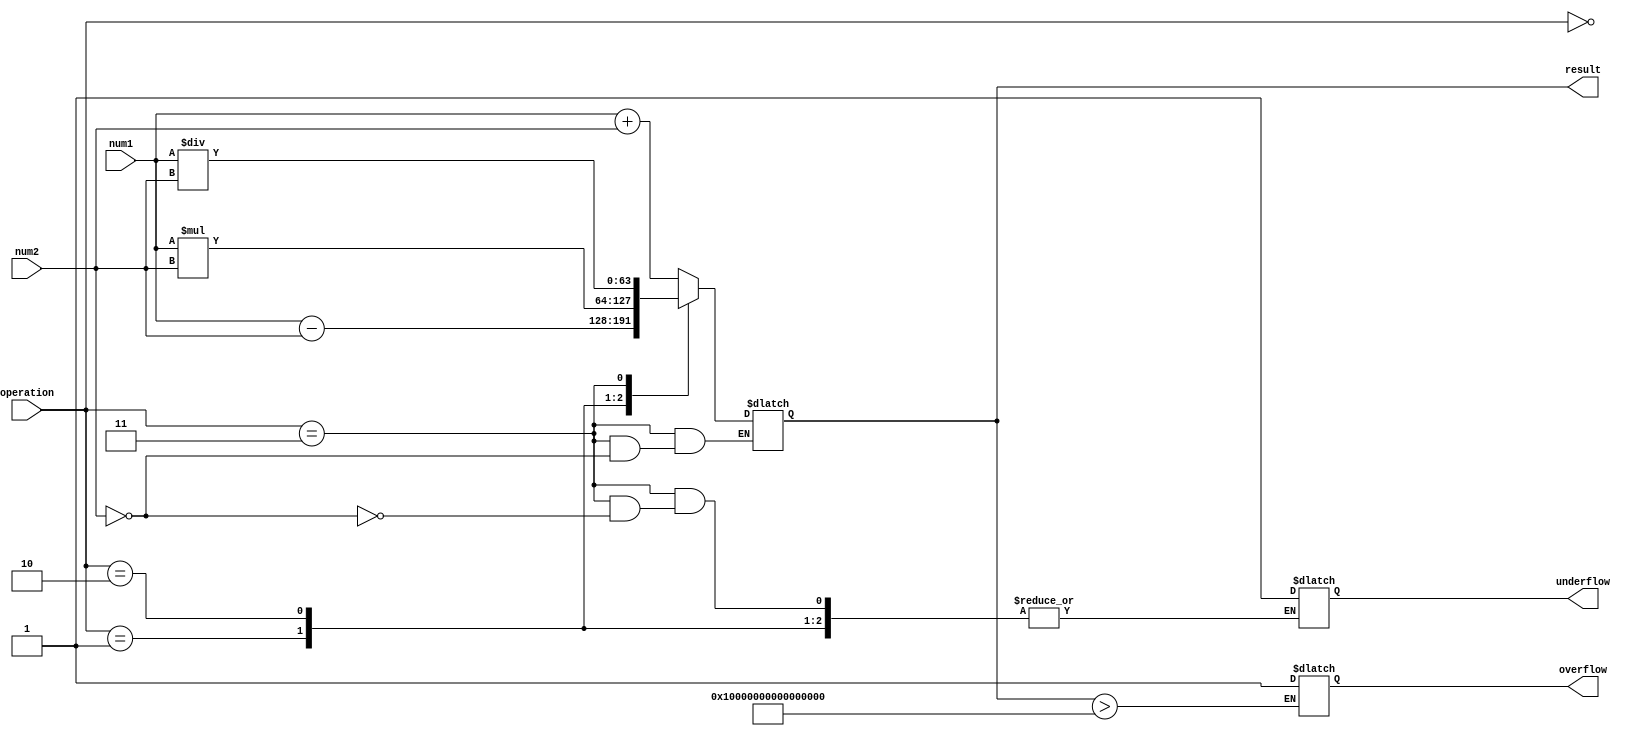
module double_precision_fpu (
    input [63:0] num1,
    input [63:0] num2,
    input [1:0] operation,
    output reg [63:0] result,
    output reg overflow,
    output reg underflow
);

always @ (*) begin
    case(operation)
        2'b00: result = num1 + num2; // Addition
        2'b01: result = num1 - num2; // Subtraction
        2'b10: result = num1 * num2; // Multiplication
        2'b11: begin // Division
            if(num2 == 64'h0)
                underflow = 1;
            else
                result = num1 / num2;
        end
    endcase
end

always @ (result) begin
    if(result > 64'hFFFFFFFFFFFFFFFF) // Check for overflow
        overflow = 1;
end

endmodule